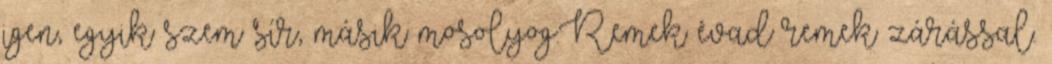
igen, egyik szem sír, másik mosolyog.Remek évad remek zárással.